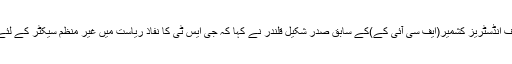
تاجر تنظیم فیڈریشن چیمبر آف انڈسٹریز کشمیر(ایف سی آئی کے)کے سابق صدر شکیل قلندر نے کہا کہ جی ایس ٹی کا نفاذ ریاست میں غیر منظم سیکٹر کے لئے ایک بڑا دھچکہ ثابت ہوگا۔